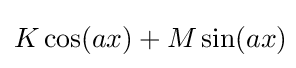
K\cos(ax)+M\sin(ax)\!